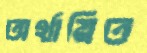
অর্থায়িত